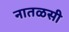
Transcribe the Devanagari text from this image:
नातळसी